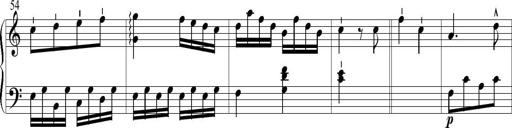
Title: 6 Leichte Sonatinen, Teil 1
Composer: F. Sigismund Sander